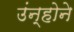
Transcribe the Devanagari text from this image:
उंन्होने